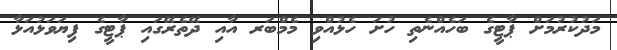
މަދުކުރުމަށް ޕާޓީގެ ބަހެއްނެތި ހުށަ ހެޅުއްވި މެމްބަރ އާއި ދޭތެރޭގައި ޕާޓީގެ ފިޔަވަޅުއަޅާ